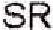
SR